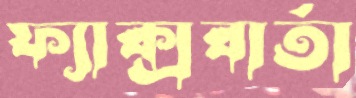
ফ্যাক্সবার্তা